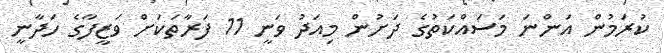
ކުރަމުން އަންނަ މަސައްކަތުގެ ދަށުން މިއަދު ވަނީ 11 ފަރާތަކަށް ވަޒީފާގެ ހަދާނީ